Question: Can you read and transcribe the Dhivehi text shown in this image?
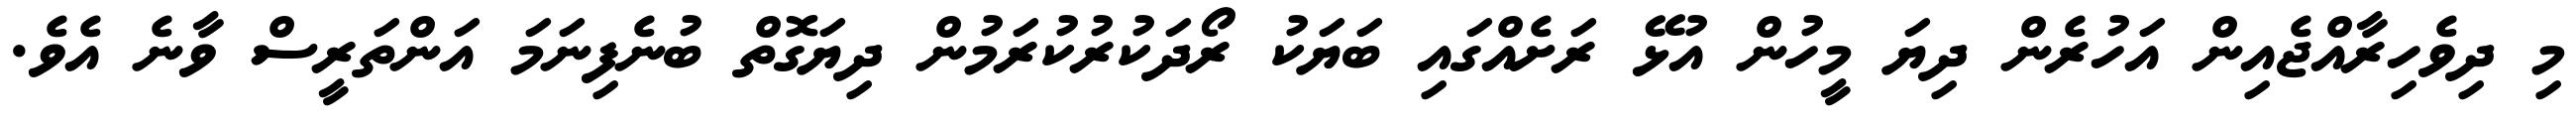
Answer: މި ދިވެހިރާއްޖެއިން އަހުރެން ދިޔަ މީހުން އުޅޭ ރަށެއްގައި ބަޔަކު ރޯދަކުރުކުރަމުން ދިޔަގޮތް ބުނެފިނަމަ އަންތަރީސް ވާނެ އެވެ.